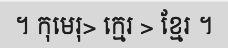
។ កុមេរុ> ក្មេរ > ខ្មែរ ។